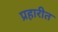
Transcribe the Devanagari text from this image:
प्रहारीत